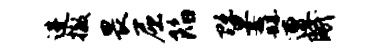
进撤畏屈陷暨纛遭眠